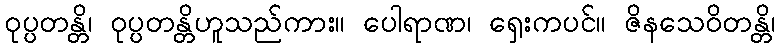
ဝုပ္ပတန္တိ၊ ဝုပ္ပတန္တိဟူသည်ကား။ ပေါရာဏ၊ ရှေးကပင်။ ဇိနသေဝိတန္တိ၊